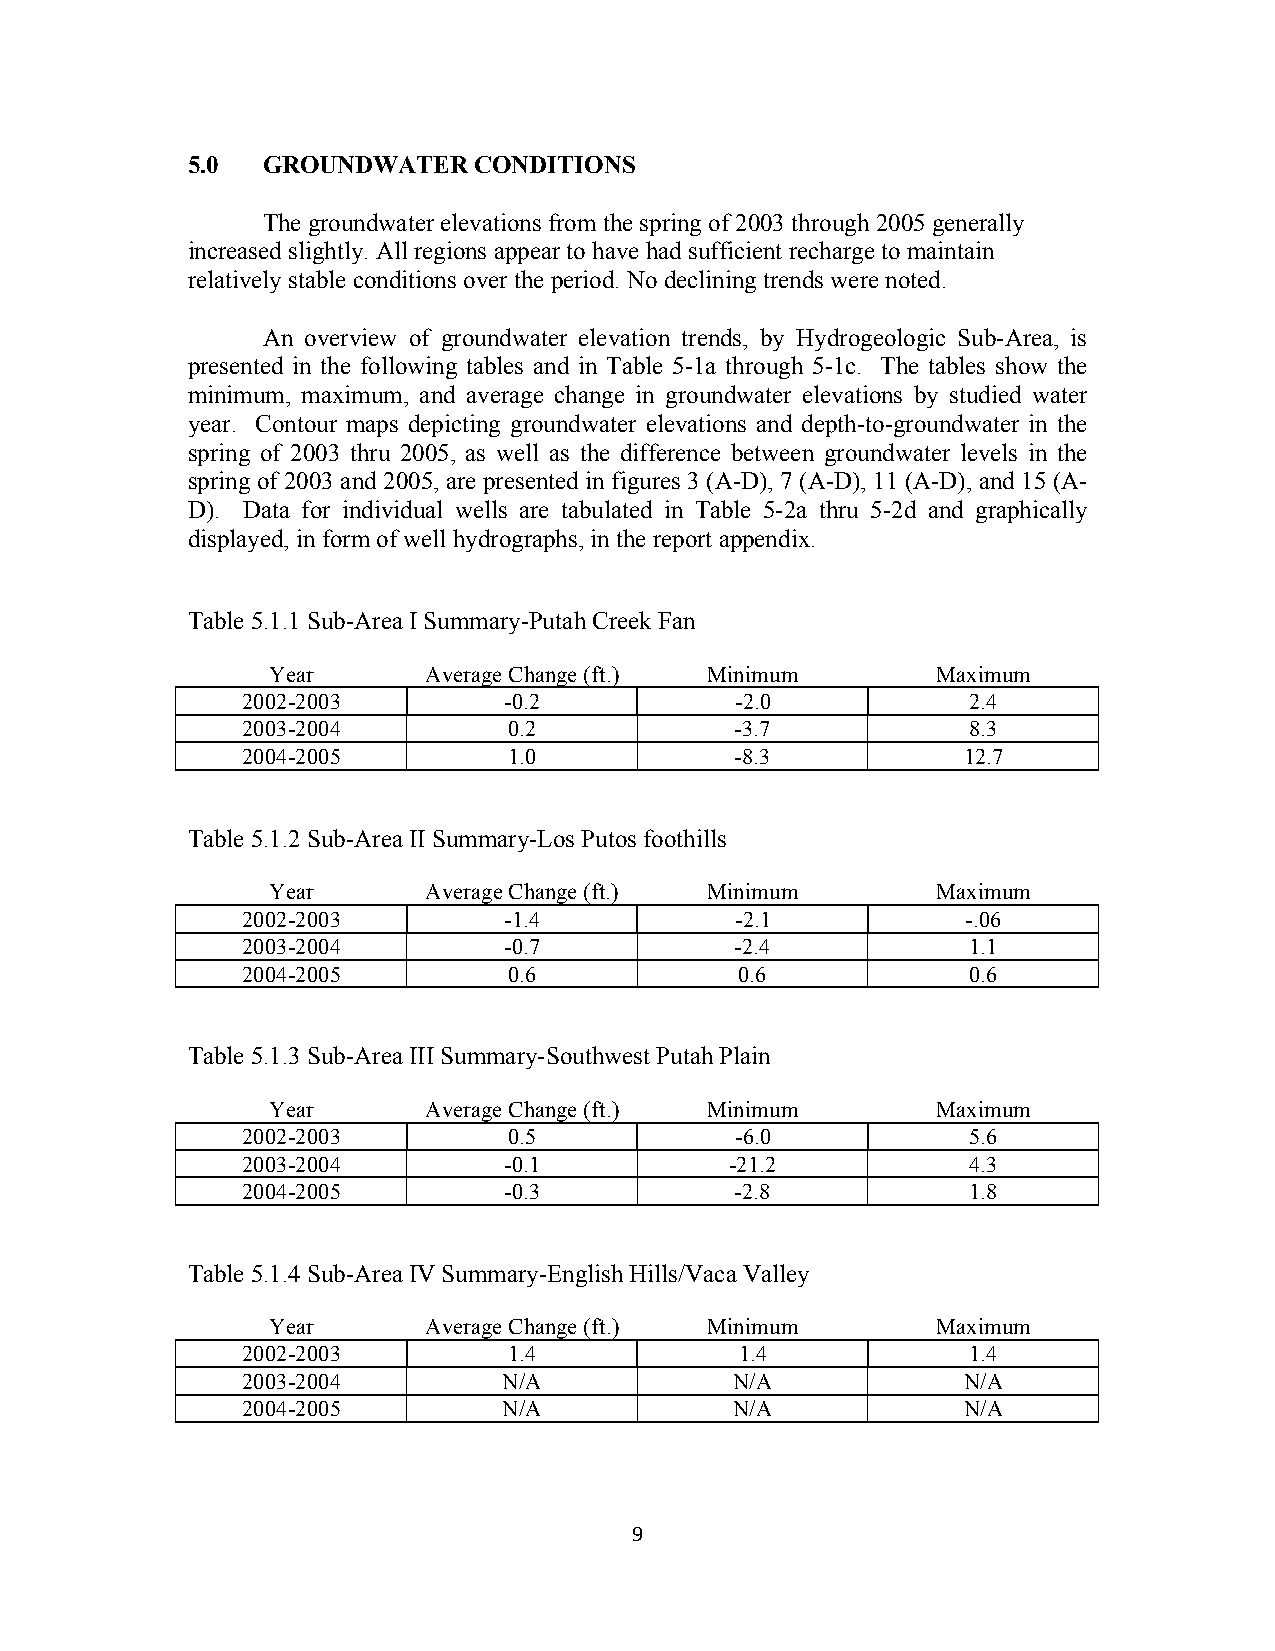
5.0  GROUNDWATER   CONDITIONS
 The groundwater elevations from the spring of 2003 through 2005 generally
 increased slightly. All regions appear to have had sufficient recharge to maintain
 relatively stable conditions over the period. No declining trends were noted.
 An overview of groundwater elevation trends, by Hydrogeologic Sub-Area, is
 presented in the following tables and in Table 5-1a through 5-1c. The tables show the
 minimum, maximum, and average change in groundwater elevations by studied water
 year. Contour maps depicting groundwater elevations and depth-to-groundwater in the
 spring of 2003 thru 2005, as well as the difference between groundwater levels in the
 spring of 2003 and 2005, are presented in figures 3 (A-D), 7 (A-D), 11 (A-D), and 15 (A-
 D). Data for individual wells are tabulated in Table 5-2a thru 5-2d and graphically
 displayed, in form of well hydrographs, in the report appendix.
 Table 5.1.1 Sub-Area I Summary-Putah Creek Fan
 Year      Average Change (ft.) Minimum      Maximum
 2002-2003        -0.2            -2.0           2.4
 2003-2004         0.2            -3.7           8.3
 2004-2005         1.0            -8.3           12.7
 Table 5.1.2 Sub-Area II Summary-Los Putos foothills
 Year      Average Change (ft.) Minimum      Maximum
 2002-2003        -1.4            -2.1           -.06
 2003-2004        -0.7            -2.4           1.1
 2004-2005         0.6            0.6            0.6
 Table 5.1.3 Sub-Area III Summary-Southwest Putah Plain
 Year      Average Change (ft.) Minimum      Maximum
 2002-2003         0.5            -6.0           5.6
 2003-2004        -0.1           -21.2           4.3
 2004-2005        -0.3            -2.8           1.8
 Table 5.1.4 Sub-Area IV Summary-English Hills/Vaca Valley
 Year      Average Change (ft.) Minimum      Maximum
 2002-2003         1.4            1.4            1.4
 2003-2004        N/A             N/A            N/A
 2004-2005        N/A             N/A            N/A
 9